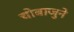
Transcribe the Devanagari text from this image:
चाेबाजुने